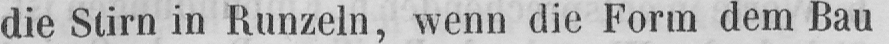
die Stirn in Runzeln, wenn die Form dem Bau